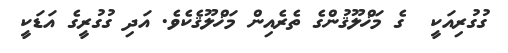
ގުގުރިއަކީ  ގެ މަޚްލޫޤުންގެ ތެރެއިން މަޚްލޫޤެކެވެ. އަދި ގުގުރީގެ އަޑަކީ